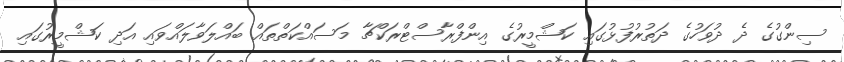
ސިންގުގެ ދެ ދުވަހުގެ ދަތުރުފުޅުގައި ކަޝްމީރުގެ އިންފްރާސްޓްރަކްޗާ މަސައްކަތްތައް ބައްލަވާލައްވައި އަދި ކަޝްމީރުގައި